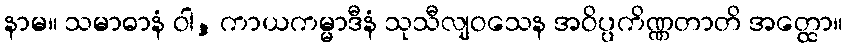
နာမ။ သမာဓာနံ ဝါ, ကာယကမ္မာဒီနံ သုသီလျဝသေန အဝိပ္ပကိဏ္ဏတာတိ အတ္ထော။